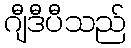
ဂျီဒီပီသည်